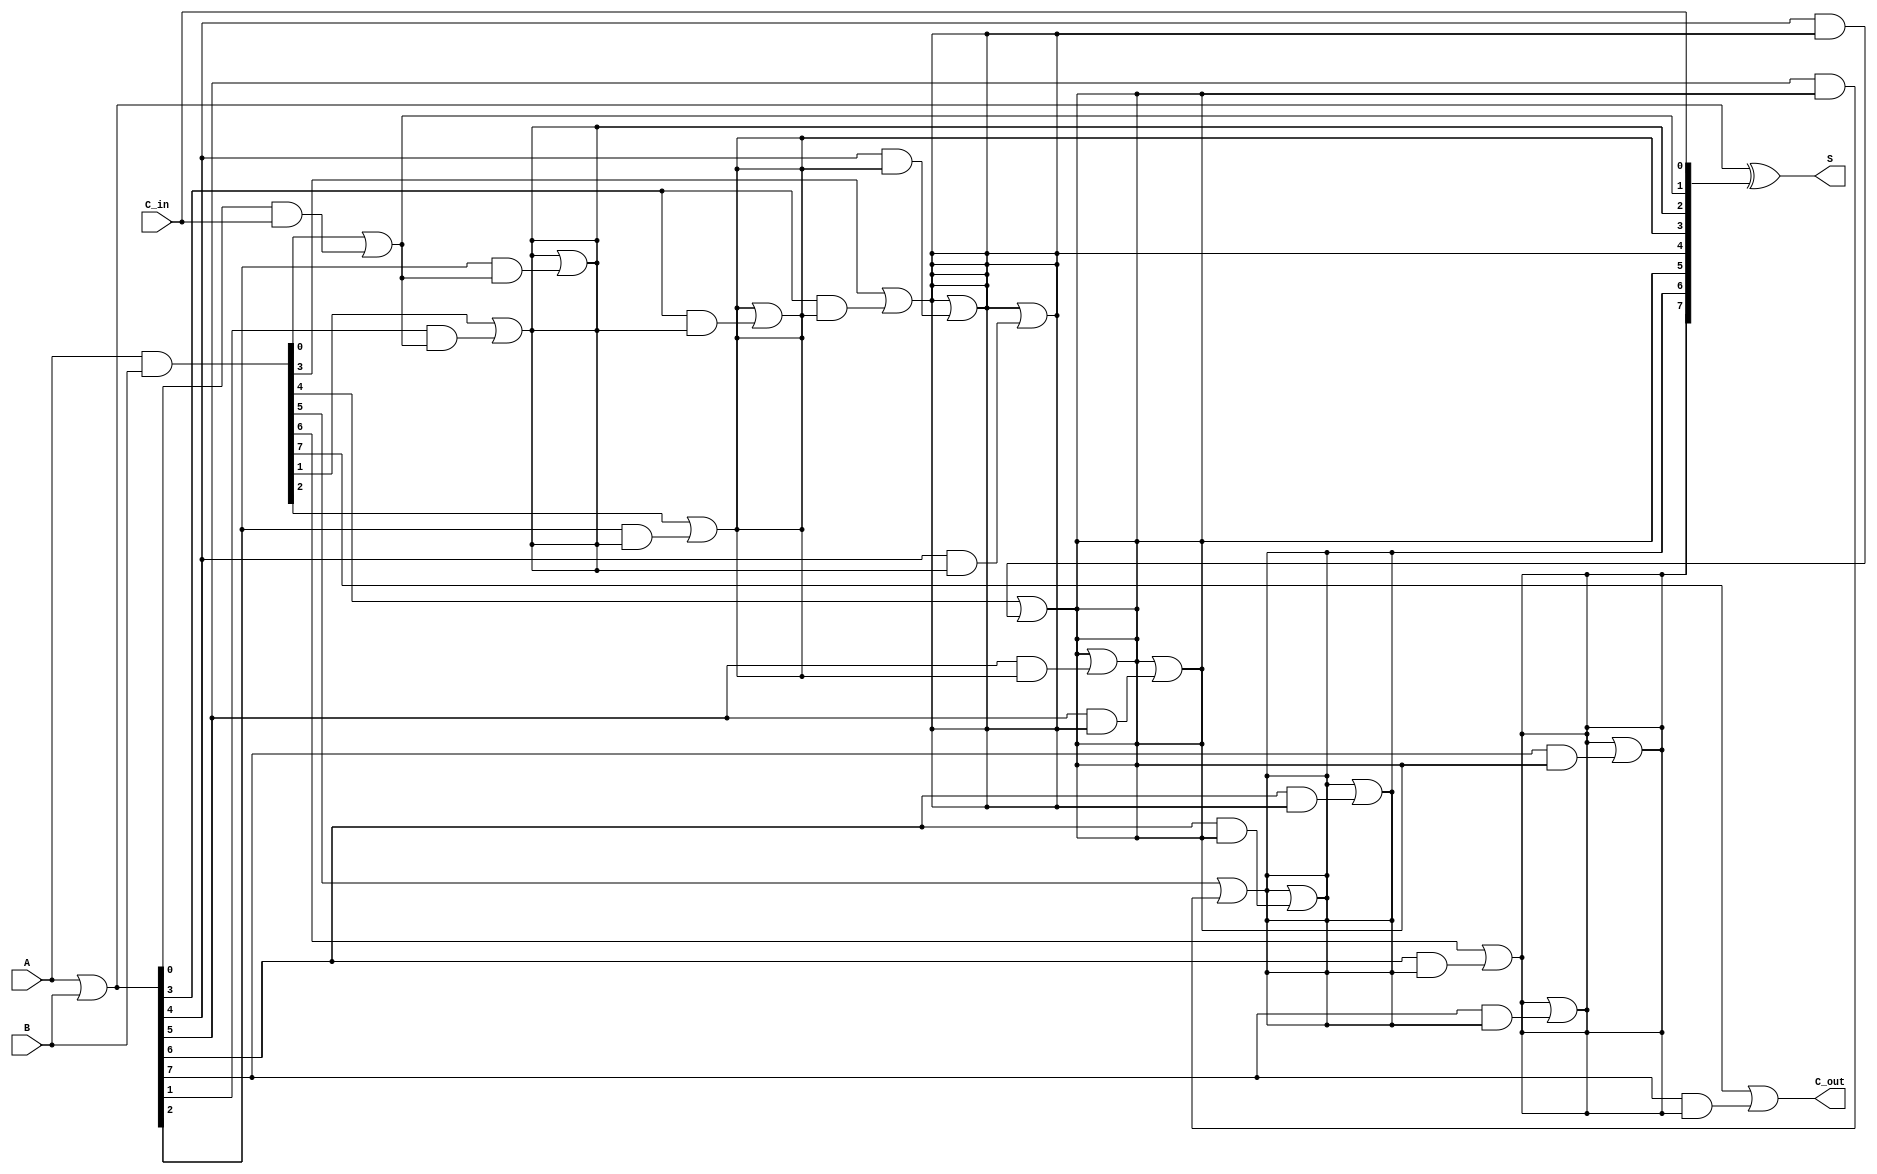
module KoggeStoneAdder #(parameter N = 8) (
    input [N-1:0] A,
    input [N-1:0] B,
    input C_in,
    output [N-1:0] S,
    output C_out
);

    // Generate and Propagate signals
    wire [N-1:0] G; // Generate
    wire [N-1:0] P; // Propagate
    wire [N:0] C;   // Carry

    // Generate and Propagate calculations
    assign G = A & B;         // G[i] = A[i] AND B[i]
    assign P = A | B;         // P[i] = A[i] OR B[i]

    // Carry initialization
    assign C[0] = C_in;       // C[0] = C_in

    // Carry generation using Kogge-Stone logic
    genvar i, j;
    generate
        // Level 1
        for (i = 0; i < N; i = i + 1) begin
            if (i == 0) begin
                assign C[i + 1] = G[i] | (P[i] & C[0]);
            end else begin
                assign C[i + 1] = G[i] | (P[i] & C[i]);
            end
        end

        // Additional levels for Kogge-Stone
        for (j = 1; j < $clog2(N); j = j + 1) begin
            for (i = 0; i < N; i = i + 1) begin
                if (i >= (1 << j)) begin
                    assign C[i] = C[i] | (P[i] & C[i - (1 << (j - 1))]);
                end
            end
        end
    endgenerate

    // Sum calculation
    assign S = P ^ C[N-1:0]; // S[i] = P[i] XOR C[i]

    // Carry out
    assign C_out = C[N];

endmodule